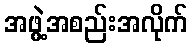
အဖွဲ့အစည်းအလိုက်